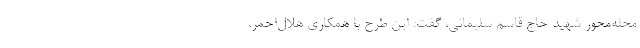
محله‌محور شهید حاج قاسم سلیمانی، گفت: این طرح با همکاری هلال‌احمر،